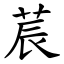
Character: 莀